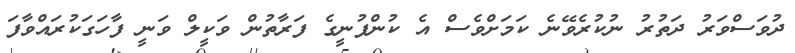
ދުވަސްވަރު ދަތުރު ނުކުރެވޭނެ ކަމަށްވެސް އެ ކުންފުނީގެ ފަރާތުން ވަކީލް ވަނީ ފާހަގަކުރައްވާފަ